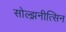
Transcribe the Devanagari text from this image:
सोल्झ़नीत्सिन